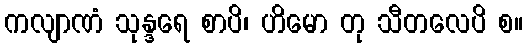
ကလျာဏံ သုန္ဒရေ စာပိ၊ ဟိမော တု သီတလေပိ စ။